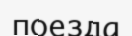
поезда